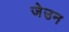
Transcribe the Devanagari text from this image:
जेउन